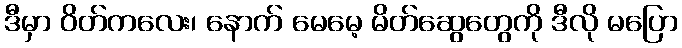
ဒီမှာ ဝိတ်ကလေး၊ နောက် မေမေ့ မိတ်ဆွေတွေကို ဒီလို မပြော